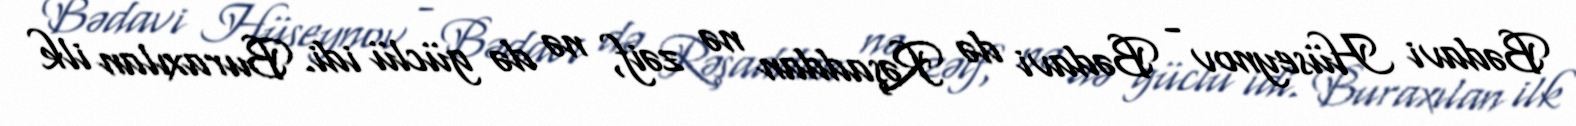
Bədavi Hüseynov - Bədavi də Rəşaddan nə zəif, nə də güclü idi. Buraxılan ilk